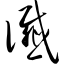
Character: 谶